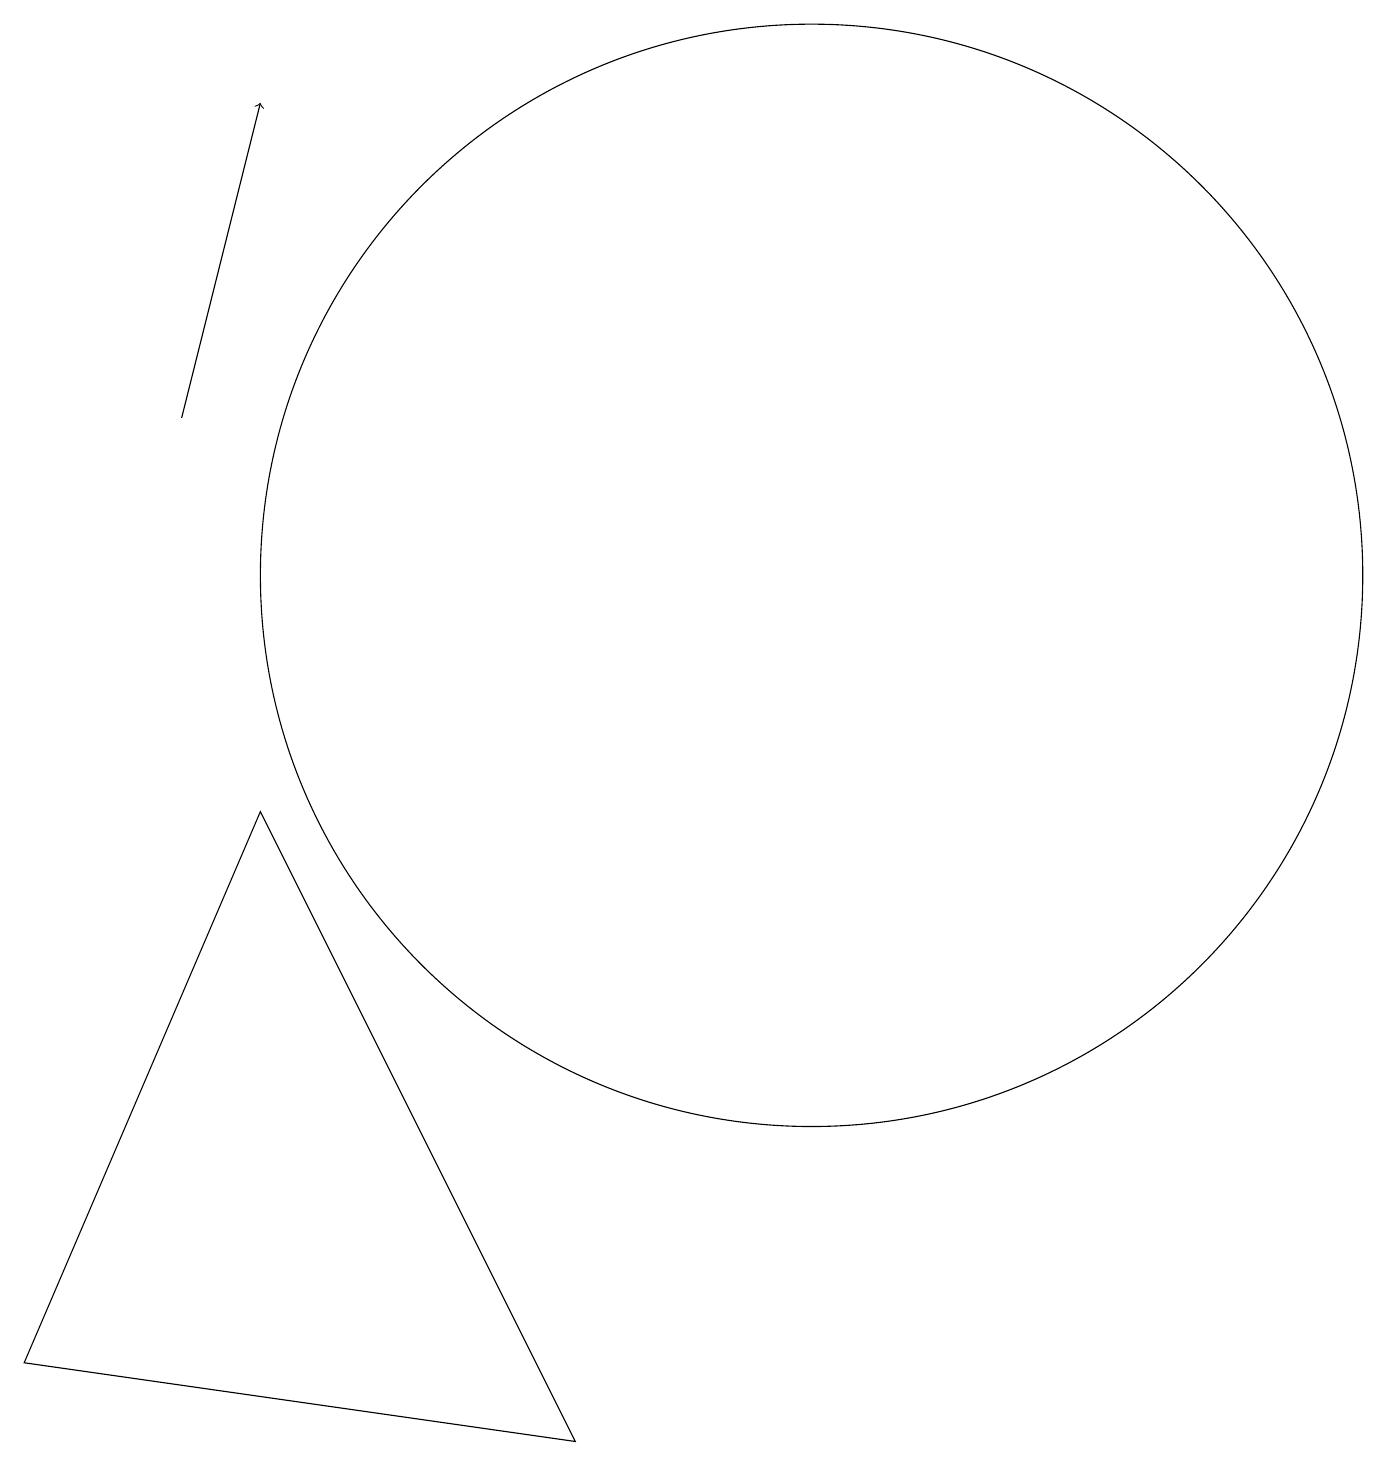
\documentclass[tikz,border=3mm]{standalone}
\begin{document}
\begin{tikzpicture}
\draw[->] (2,14) -- (3,18);
\draw (10,12) circle (7);
\draw (0,2) -- (3,9) -- (7,1) -- cycle;
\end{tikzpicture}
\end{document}